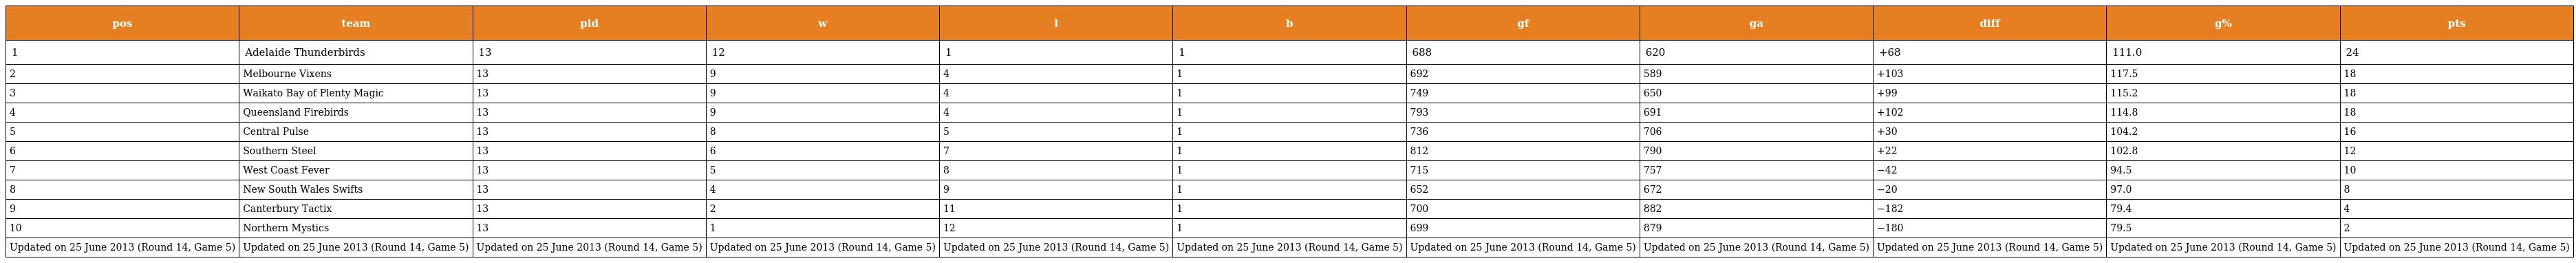
| pos | team | pld | w | l | b | gf | ga | diff | g% | pts |
 | --- | --- | --- | --- | --- | --- | --- | --- | --- | --- | --- |
 | 1 | Adelaide Thunderbirds | 13 | 12 | 1 | 1 | 688 | 620 | +68 | 111.0 | 24 |
 | 2 | Melbourne Vixens | 13 | 9 | 4 | 1 | 692 | 589 | +103 | 117.5 | 18 |
 | 3 | Waikato Bay of Plenty Magic | 13 | 9 | 4 | 1 | 749 | 650 | +99 | 115.2 | 18 |
 | 4 | Queensland Firebirds | 13 | 9 | 4 | 1 | 793 | 691 | +102 | 114.8 | 18 |
 | 5 | Central Pulse | 13 | 8 | 5 | 1 | 736 | 706 | +30 | 104.2 | 16 |
 | 6 | Southern Steel | 13 | 6 | 7 | 1 | 812 | 790 | +22 | 102.8 | 12 |
 | 7 | West Coast Fever | 13 | 5 | 8 | 1 | 715 | 757 | −42 | 94.5 | 10 |
 | 8 | New South Wales Swifts | 13 | 4 | 9 | 1 | 652 | 672 | −20 | 97.0 | 8 |
 | 9 | Canterbury Tactix | 13 | 2 | 11 | 1 | 700 | 882 | −182 | 79.4 | 4 |
 | 10 | Northern Mystics | 13 | 1 | 12 | 1 | 699 | 879 | −180 | 79.5 | 2 |
 | Updated on 25 June 2013 (Round 14, Game 5) | Updated on 25 June 2013 (Round 14, Game 5) | Updated on 25 June 2013 (Round 14, Game 5) | Updated on 25 June 2013 (Round 14, Game 5) | Updated on 25 June 2013 (Round 14, Game 5) | Updated on 25 June 2013 (Round 14, Game 5) | Updated on 25 June 2013 (Round 14, Game 5) | Updated on 25 June 2013 (Round 14, Game 5) | Updated on 25 June 2013 (Round 14, Game 5) | Updated on 25 June 2013 (Round 14, Game 5) | Updated on 25 June 2013 (Round 14, Game 5) |